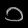
Digit: ၁